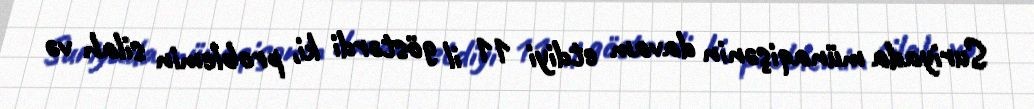
Suriyada münaqişənin davam etdiyi 11 il göstərdi ki, problemin silah və